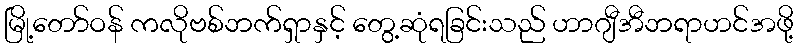
မြို့တော်ဝန် ကလိုဗစ်ဘက်ရှာနှင့် တွေ့ဆုံရခြင်းသည် ဟာဂျီအီဘရာဟင်အဖို့